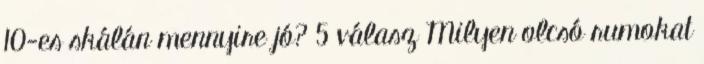
10-es skálán mennyire jó? 5 válasz Milyen olcsó rumokat